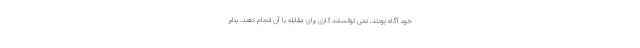
خود آگاه بودند، نمی توانستند کاری برای مقابله با آن انجام دهند. بنابر